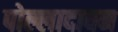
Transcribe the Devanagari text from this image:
पोल्लादावन